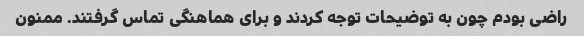
راضی بودم چون به توضیحات توجه کردند و برای هماهنگی تماس گرفتند. ممنون